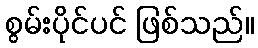
စွမ်းပိုင်ပင် ဖြစ်သည်။